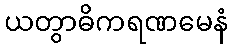
ယတွာဓိကရဏမေနံ